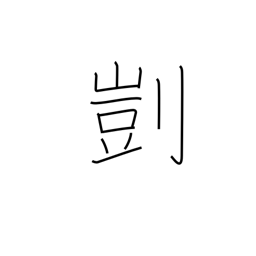
Meaning: suitability